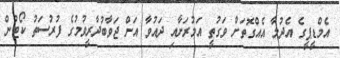
އެމްޑީޕީގެ އެދުމާ އެއްގޮތަށް ވަގުތީ އަމުރަށާއި ދައުވާ އަށް ޖަވާބުދާރީވުމުގެ ފުރުސަތު ކޯޓުން